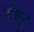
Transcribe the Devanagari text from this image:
बाँधहु